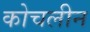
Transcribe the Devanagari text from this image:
कोचलीन